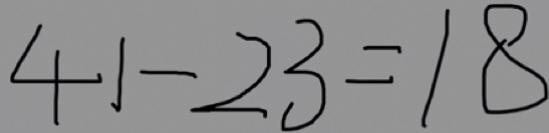
4 1 - 2 3 = 1 8